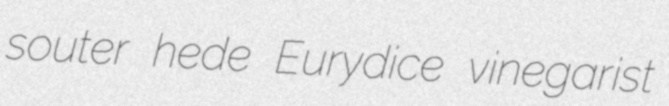
souter hede Eurydice vinegarist